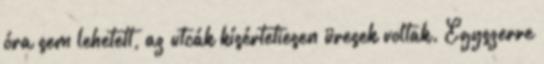
óra sem lehetett, az utcák kísértetiesen üresek voltak. Egyszerre